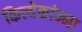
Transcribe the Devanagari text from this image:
कित्त्येकांन्ना